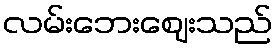
လမ်းဘေးဈေးသည်